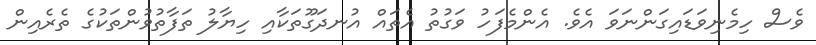
ވެސް ހިމެނިވަޑައިގަންނަވަ އެވެ. އެންމެފަހު ވަގުތު އެތައް އުނދަގޫތަކާއި ހިޔާލު ތަފާތުވުންތަކުގެ ތެރެއިން